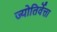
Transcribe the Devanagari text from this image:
ज्योतिर्वेत्ता